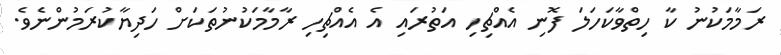
ރަމާމަކުނު ކާ ހިތްވާކަހަލަ ފޮނި އެއްޗިހި އަތުރައި އެ އެއްޗިހި ރާމާމަކުނުތަކަށް ހަދިޔާކުރަމުންނެވެ.